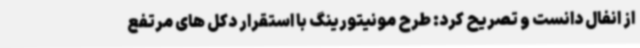
از انفال دانست و تصریح کرد: طرح مونیتورینگ با استقرار دکل های مرتفع